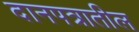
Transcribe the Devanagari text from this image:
दानपत्रातील